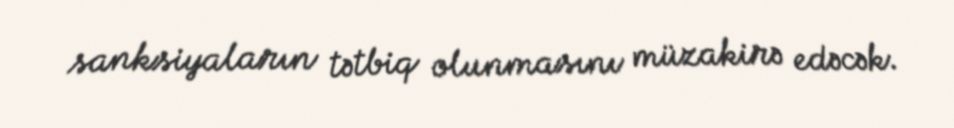
sanksiyaların tətbiq olunmasını müzakirə edəcək.